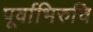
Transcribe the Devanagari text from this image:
पूर्वाभिरुचि